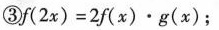
③ $$f ( 2 x ) = 2 f ( x ) \bullet g ( x )$$；